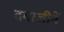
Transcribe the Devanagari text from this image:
दमाजीनें